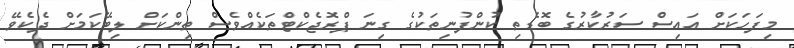
މިފަހަކަށް އައިސް ސަރުކާރުގެ ބޮޑެތި ކުންފުނިތަކުގެ ގިނަ ޕްރޮޖެކްޓްތަކެއްވެސް ތިންކަށް ލިބޭކަމަށް ދެކެވޭ